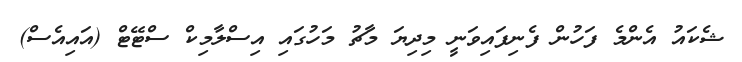
ޝެކައު އެންމެ ފަހުން ފެނިފައިވަނީ މިދިޔަ މާޗު މަހުގައި އިސްލާމިކް ސްޓޭޓް (އައިއެސް)